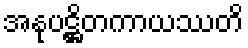
အနုပဋ္ဌိတကာယဿတိ